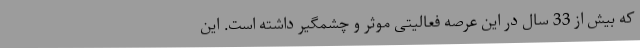
که بیش از 33 سال در این عرصه فعالیتی موثر و چشمگیر داشته است. این